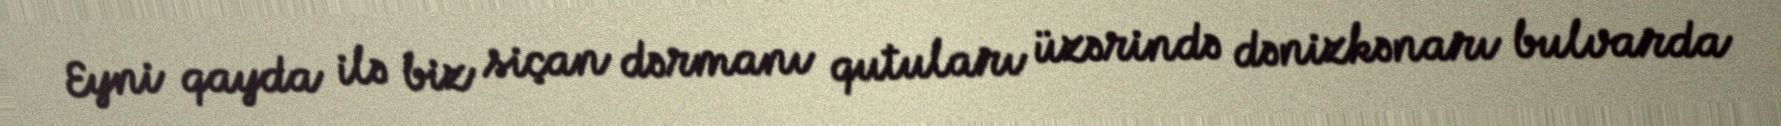
Eyni qayda ilə biz siçan dərmanı qutuları üzərində dənizkənarı bulvarda